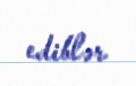
ediblər.